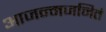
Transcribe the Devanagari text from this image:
आजन्मजनितं